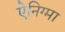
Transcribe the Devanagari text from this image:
ऐनिग्मा